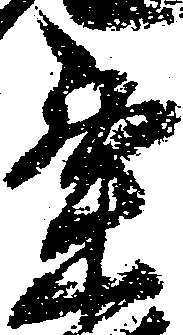
粟